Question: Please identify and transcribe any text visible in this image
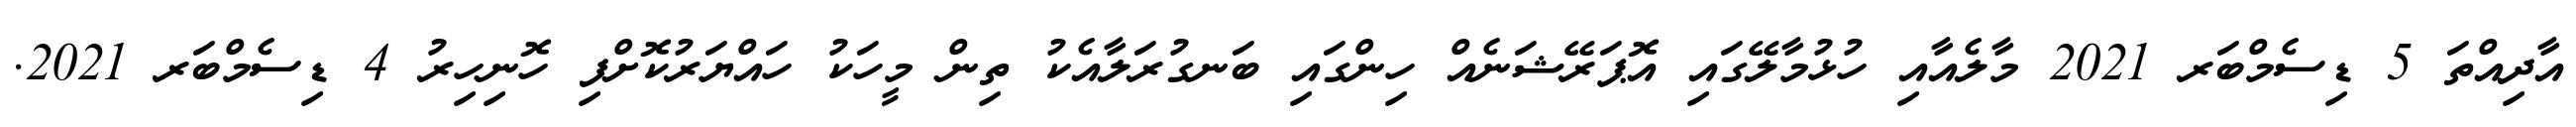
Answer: އާދިއްތަ 5 ޑިސެމްބަރ 2021 މާލެއާއި ހުޅުމާލޭގައި އޮޕަރޭޝަނެއް ހިންގައި ބަނގުރަލާއެކު ތިން މީހަކު ހައްޔަރުކޮށްފި ހޮނިހިރު 4 ޑިސެމްބަރ 2021.